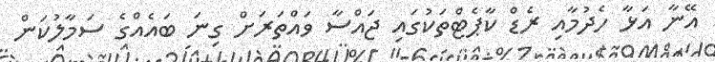
އޭނާ އަޅާ ހެދުމާއި ރެޑް ކާޕެޓްތަކުގައި ޖައްސާ ވައްތަރަށް ގިނަ ބައެއްގެ ސަމާލުކަން